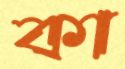
কা